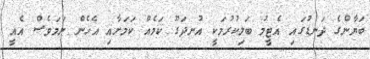
ބަޔާންގެ ދަނޑުގައި އެޓީމު ބަލިކުރުމަކީ އުނދަގޫ ކަމެއް ކަމަށާއި އެހެން ނަމަވެސް އެއީ